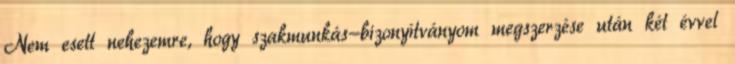
Nem esett nehezemre, hogy szakmunkás-bizonyítványom megszerzése után két évvel